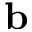
\mathbf { b }